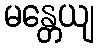
မန္တေယျ